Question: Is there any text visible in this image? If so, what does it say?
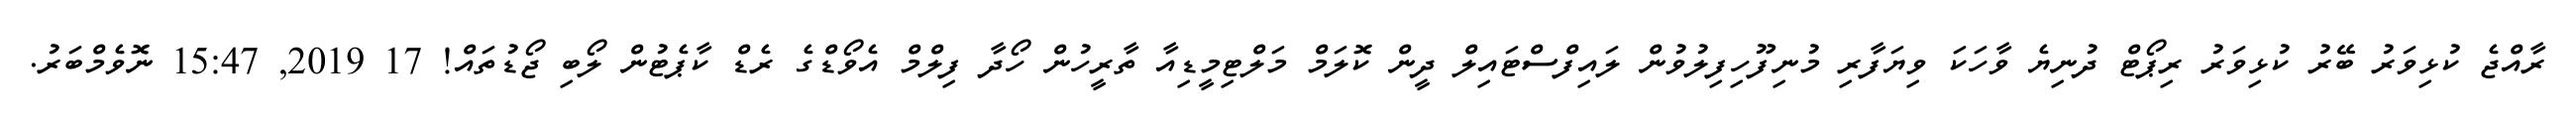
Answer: ރާއްޖެ ކުޅިވަރު ބޭރު ކުޅިވަރު ރިޕޯޓް ދުނިޔެ ވާހަކަ ވިޔަފާރި މުނިފޫހިފިލުވުން ލައިފްސްޓައިލް ދީން ކޮލަމް މަލްޓިމީޑިއާ ތާރީހުން ހޯދާ ފިލްމް އެވޯޑްގެ ރެޑް ކާޕެޓުން ލޯބި ޖޯޑުތައް! 17 2019, 15:47 ނޮވެމްބަރު.